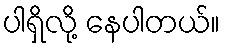
ပါရှိလို့ နေပါတယ်။